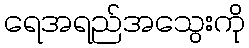
ရေအရည်အသွေးကို